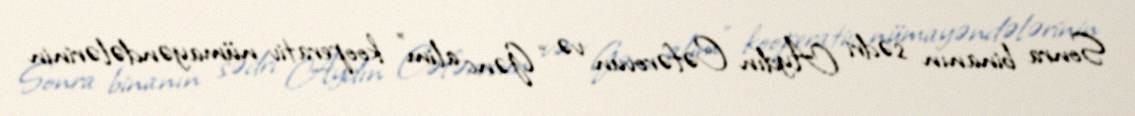
Sonra binanın sədri Aydın Cəfərovun və “Gənc alim” kooperativ nümayəndələrinin